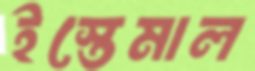
ইস্তেমাল